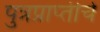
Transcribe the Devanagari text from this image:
पुत्रप्राप्‍तीचे